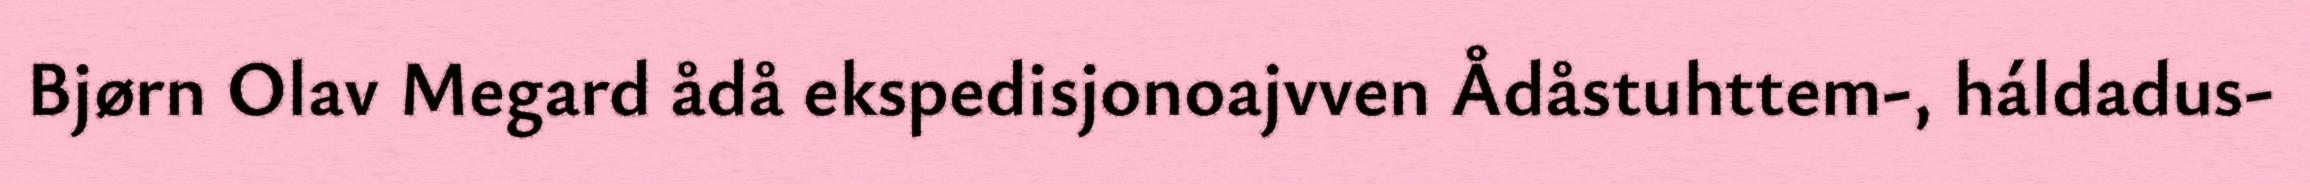
Bjørn Olav Megard ådå ekspedisjonoajvven Ådåstuhttem-, háldadus-